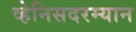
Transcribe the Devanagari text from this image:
व्हेनिसदरम्यान